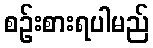
စဉ်းစားရပါမည်